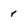
Character: r